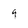
Character: 9